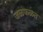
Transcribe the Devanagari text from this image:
जळफळत